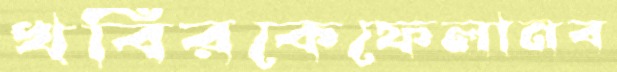
খবিরকেফেলানব